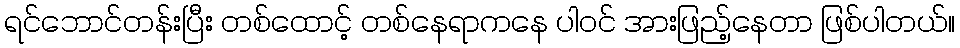
ရင်ဘောင်တန်းပြီး တစ်ထောင့် တစ်နေရာကနေ ပါဝင် အားဖြည့်နေတာ ဖြစ်ပါတယ်။